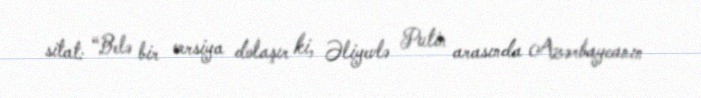
sitat: “Belə bir versiya dolaşır ki, Əliyevlə Putin arasında Azərbaycanın